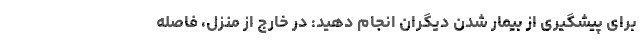
برای پیشگیری از بیمار شدن دیگران انجام دهید: در خارج از منزل، فاصله